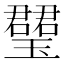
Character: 𤪡